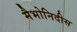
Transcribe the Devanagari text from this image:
मैभोनिदीस